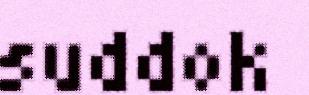
suddok